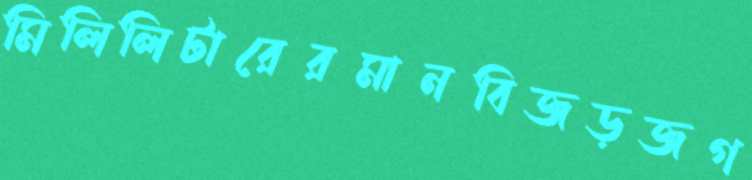
মিলিলিটারেরমানবিজড়জগ